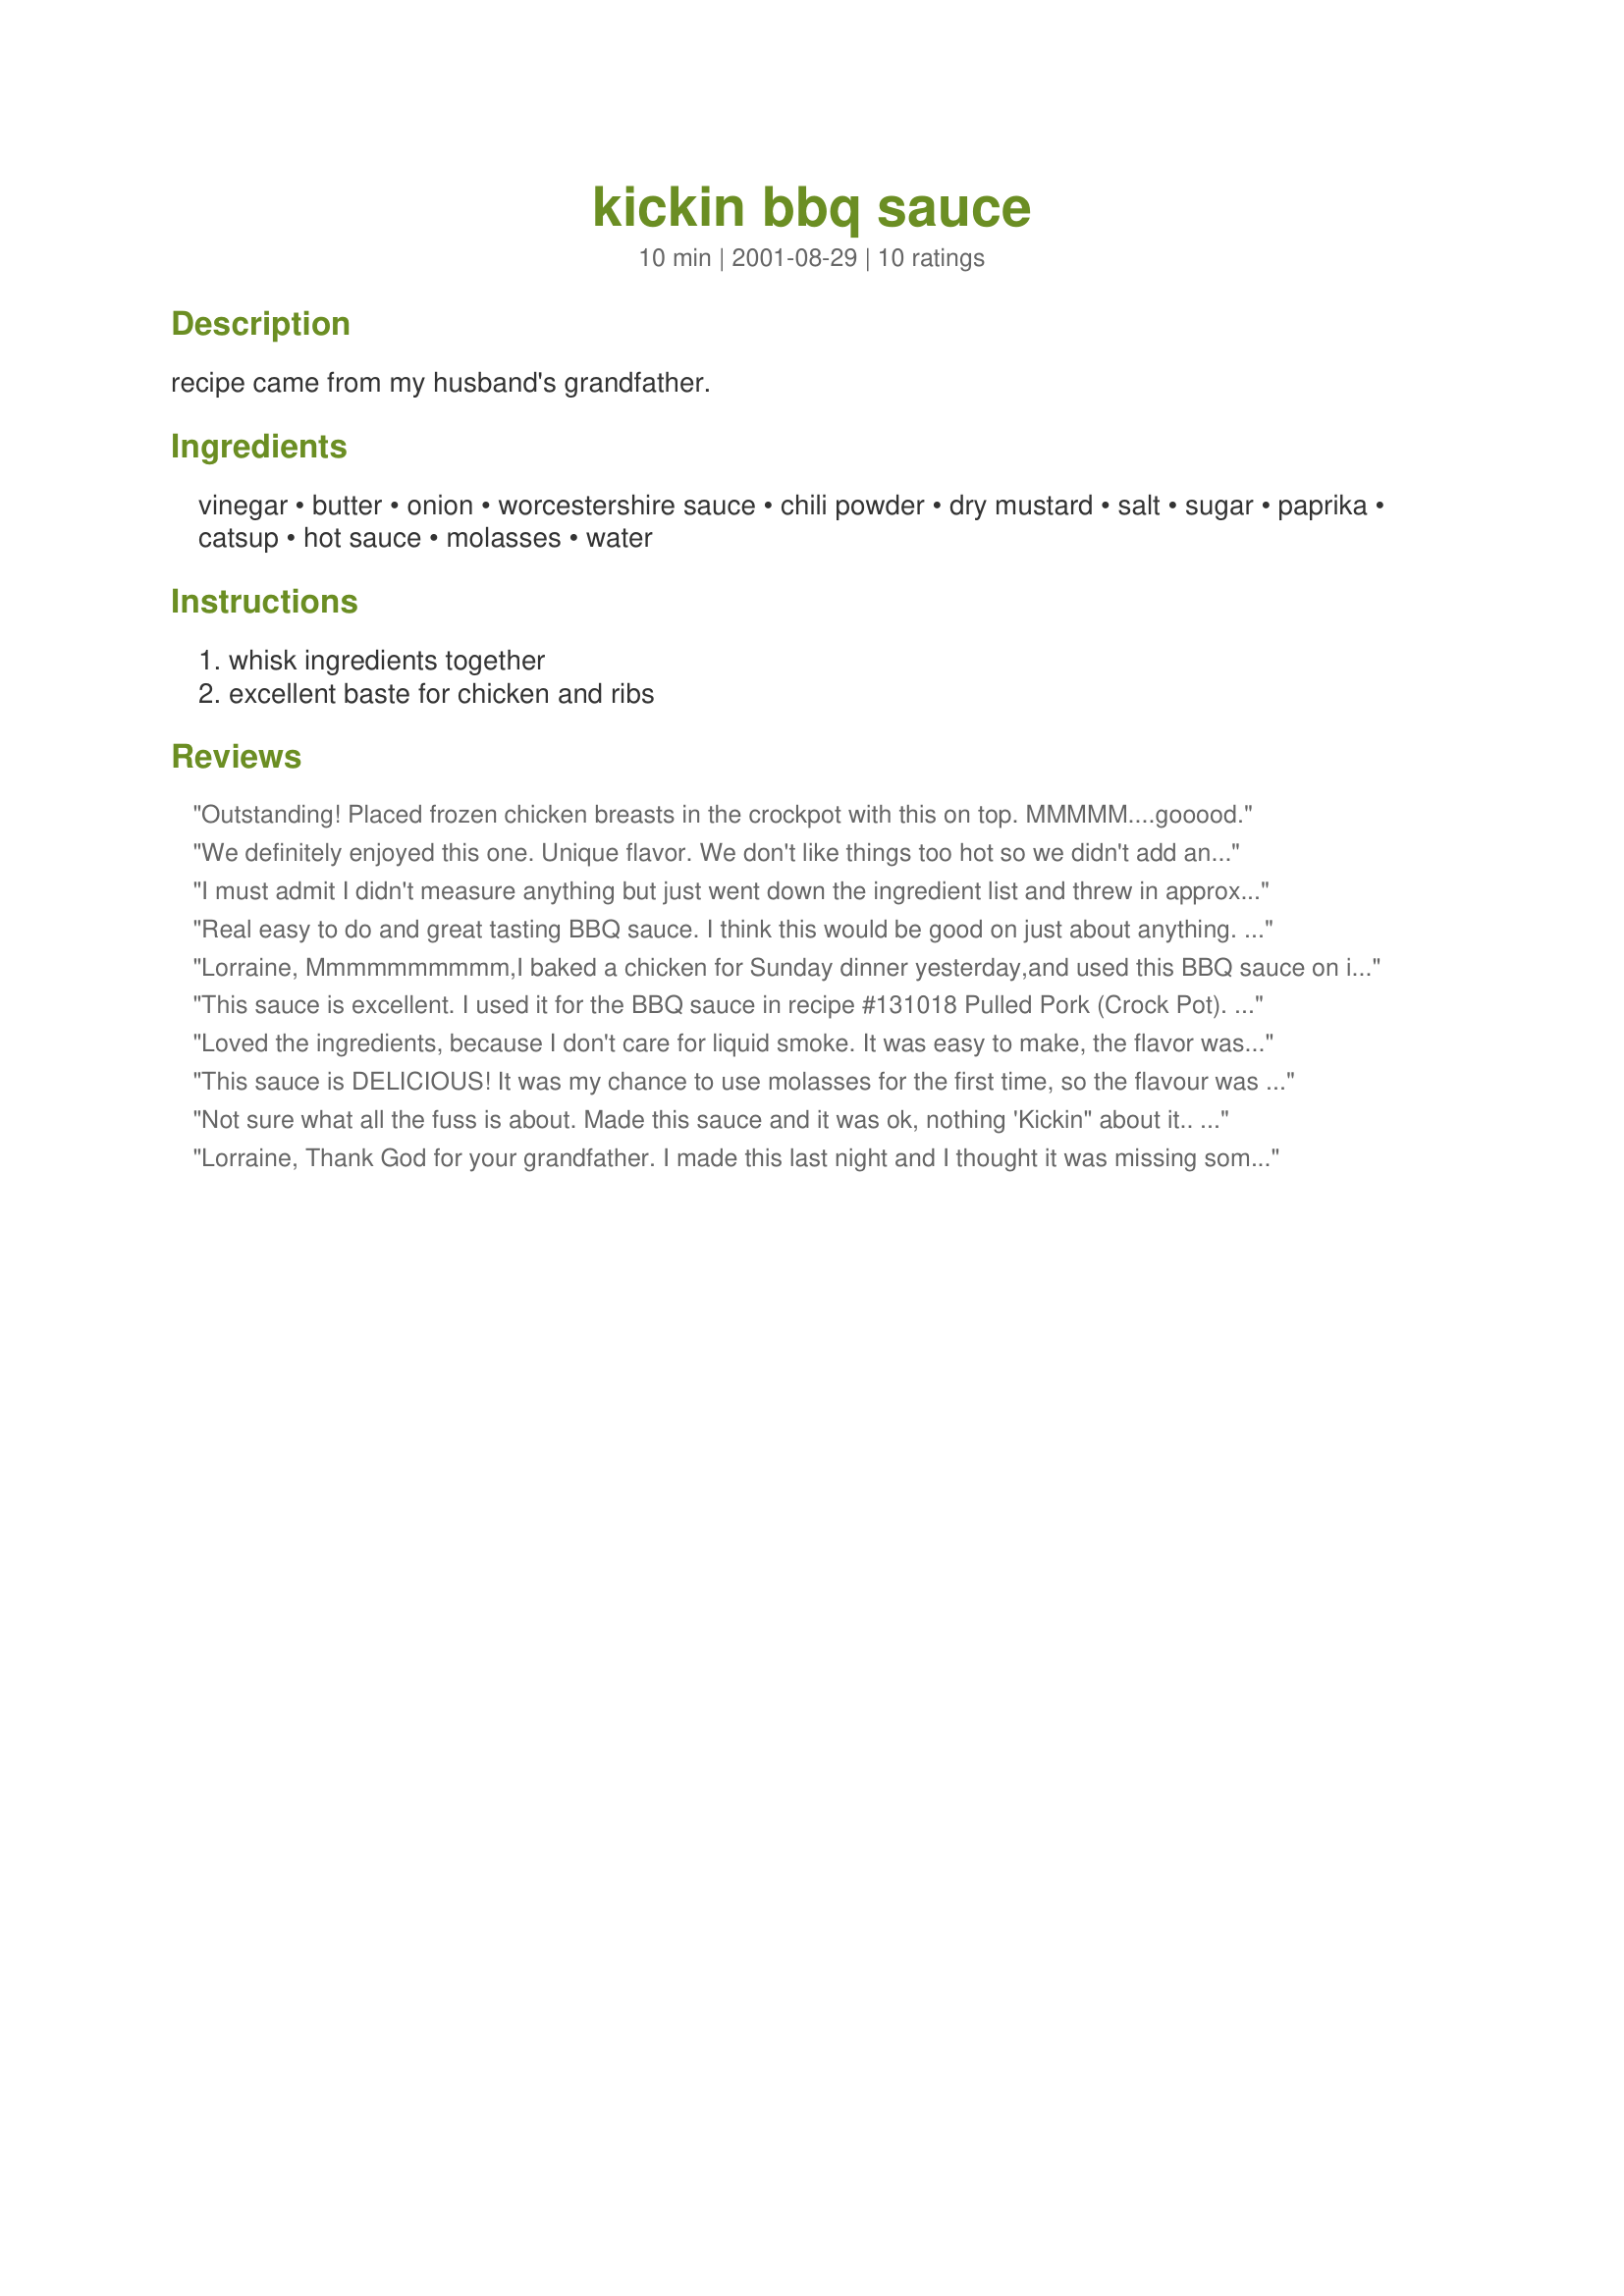
kickin bbq sauce
Preparation time: 10 minutes

recipe came from my husband's grandfather.

Ingredients:
vinegar, butter, onion, worcestershire sauce, chili powder, dry mustard, salt, sugar, paprika, catsup, hot sauce, molasses, water

Steps:
whisk ingredients together, excellent baste for chicken and ribs

Reviews:
Outstanding! Placed frozen chicken breasts in the crockpot with this on top. MMMMM....gooood.
We definitely enjoyed this one. Unique flavor. We don't like things too hot so we didn't add any hot sauce...Otherwise, I followed the recipe. It was just a touch too sweet so next time, I think I would leave out that tsp of sugar.
I must admit I didn't measure anything but just went down the ingredient list and threw in approximations, but it turned out very good and I would definitely make it again! It's so simple yet so good!
Real easy to do and great tasting BBQ sauce. I think this would be good on just about anything. . . vegetables incluced. Thanks Lorraine.
Lorraine,
 Mmmmmmmmmm,I baked a chicken for Sunday dinner yesterday,and used this BBQ sauce on it,it was very good,and so easy to make,I like to bake my sauce on till it glazes,and this glazed real pretty.
Thanks for a great recipe,
Darlene Summers
This sauce is excellent. I used it for the BBQ sauce in recipe #131018
Pulled Pork (Crock Pot). It turned out beautifully. Thank you for sharing it.
Loved the ingredients, because I don't care for liquid smoke. It was easy to make, the flavor was great and the ingredients were all on hand. Thanks!
This sauce is DELICIOUS! It was my chance to use molasses for the first time, so the flavour was really unique for me and it was fun to put together. I wasn't sure if I liked the flavour of it at first when I tried it (being a molasses newbie and all) but I poured it all over my ribs and as they finished baking, the sauce got so deliciously thick and sticky and it was AMAZING! Those ribs were practically polished off in no time. I'll definitely make this one again! Thanks!
Not sure what all the fuss is about. Made this sauce and it was ok, nothing 'Kickin" about it.. just ok. There has to be something better and I will keep looking. Sorry for the underwhelming review.. but I really do not know why this has so many highly rated reviews.. it is an AVERAGE Sauce.
Lorraine,
Thank God for your grandfather. I made this last night and I thought it was missing something, it tasted a little bitter to me so I put it in the fridge overnight. Today I started with a saucepan on the stove adding olive oil with butter, then sauteing more onions and adding garlic, then adding coca- cola, honey, candied ginger, dark cane syrup, lemon juice, liquid smoke and more hot sauce. Then I added in your recipe I made last night. It cooked all day because the coke made it too thin for my taste. I put this sauce on pork spare ribs, that had been in the fridge all night with a dry rub on them, and cooked them in a little water, more coca-cola and smothered them in onions. I cooked them all day low and slow. They were really great. I will make this again. Thank you for posting it.
